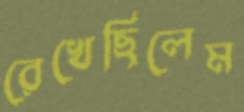
রেখেছিলেম